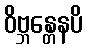
ဝိဗ္ဘန္တေနပိ